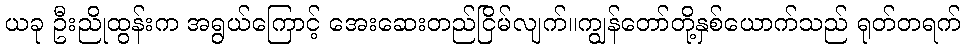
ယခု ဦးညိုထွန်းက အရွယ်ကြောင့် အေးဆေးတည်ငြိမ်လျက်။ကျွန်တော်တို့နှစ်ယောက်သည် ရုတ်တရက်